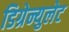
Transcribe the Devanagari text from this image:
डिग्रेन्युलेट